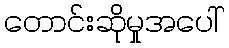
တောင်းဆိုမှုအပေါ်